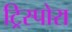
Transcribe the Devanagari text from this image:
ट्रिस्पोरा